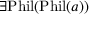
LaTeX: \exists { \mathrm { P h i l } } ( { \mathrm { P h i l } } ( a ) )